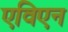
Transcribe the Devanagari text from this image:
एविएन